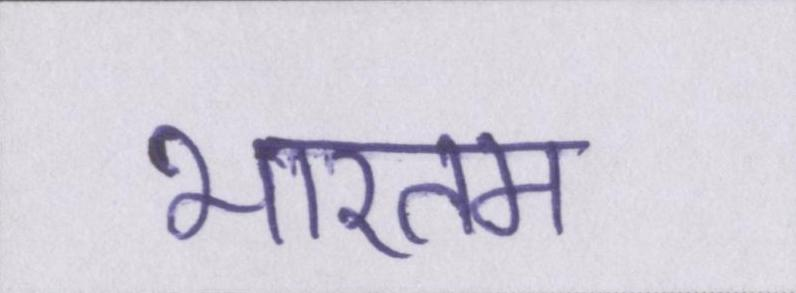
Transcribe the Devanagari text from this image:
भारतम